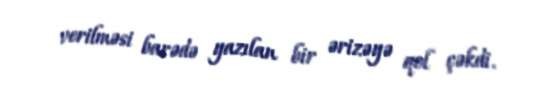
verilməsi barədə yazılan bir ərizəyə qol çəkdi.